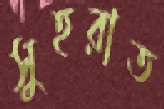
সুহরাত